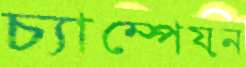
চ্যাম্পেয়ন